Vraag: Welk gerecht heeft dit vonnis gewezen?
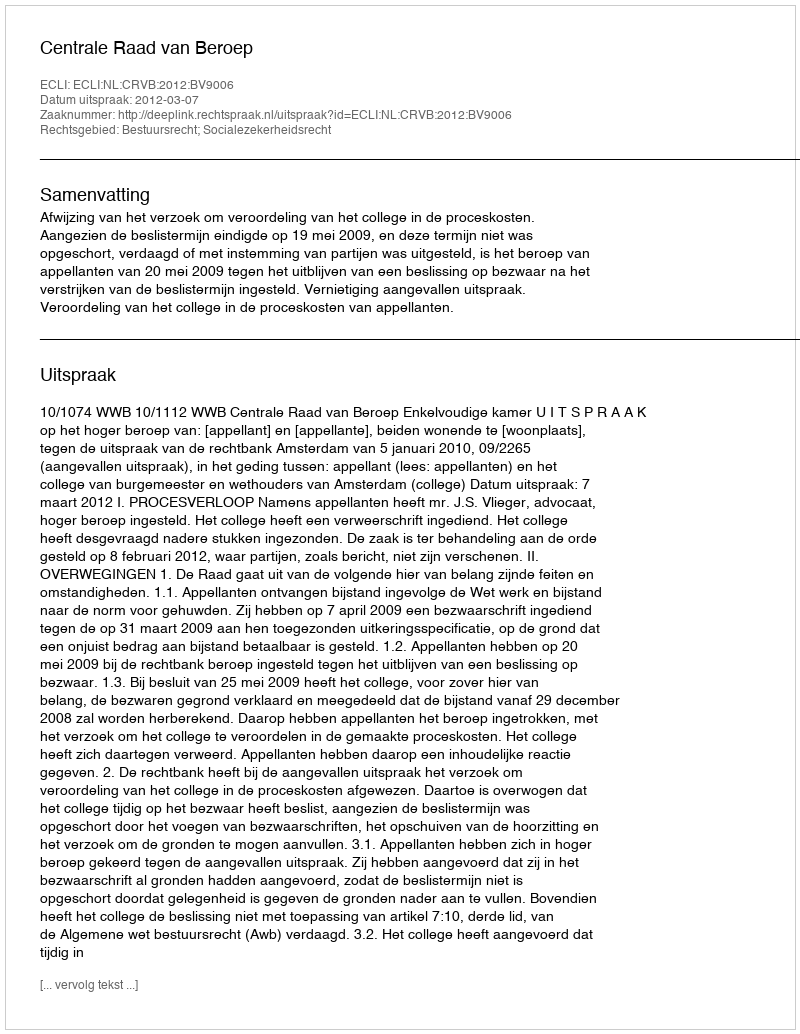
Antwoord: Centrale Raad van Beroep